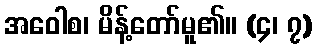
အဝေါစ၊ မိန့်တော်မူ၏။ (၄၊ ၇)